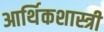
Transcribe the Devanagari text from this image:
आर्थिकशास्त्री